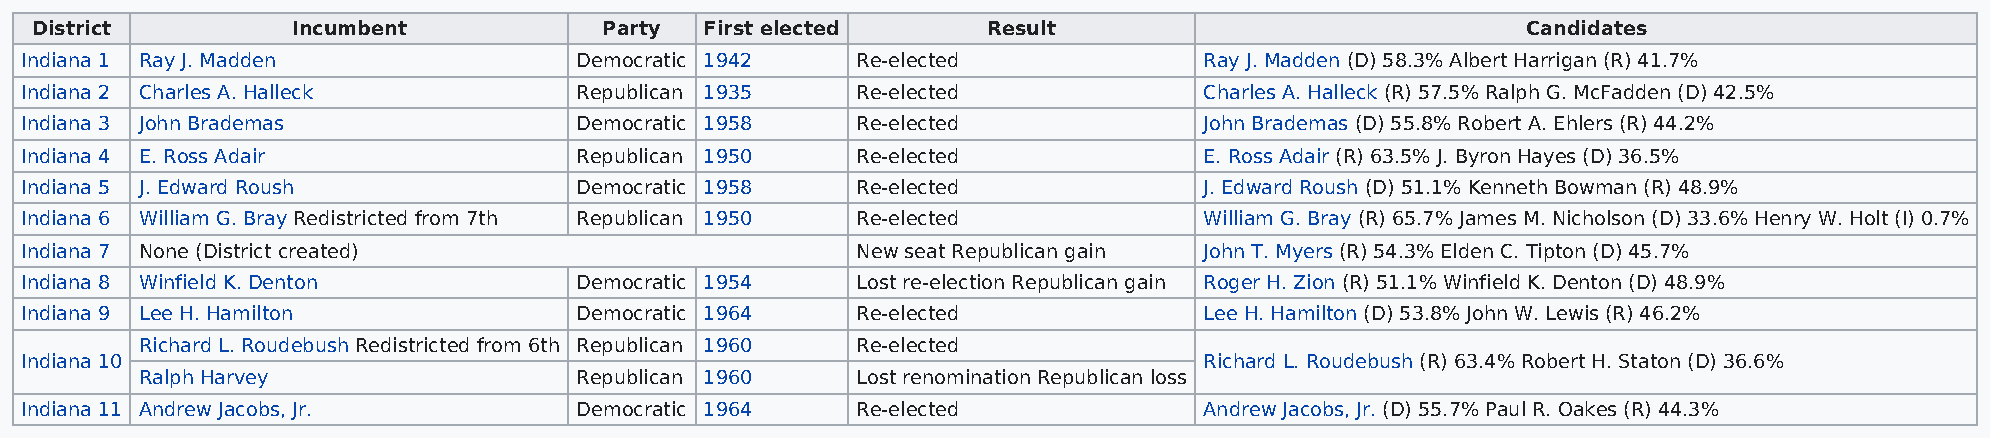
District         Incumbent            Party  First elected     Result                              Candidates
 Indiana 1 Ray J. Madden              Democratic 1942    Re-elected             Ray J. Madden (D) 58.3% Albert Harrigan (R) 41.7%
 Indiana 2 Charles A. Halleck         Republican 1935    Re-elected             Charles A. Halleck (R) 57.5% Ralph G. McFadden (D) 42.5%
 Indiana 3 John Brademas              Democratic 1958    Re-elected             John Brademas (D) 55.8% Robert A. Ehlers (R) 44.2%
 Indiana 4 E. Ross Adair              Republican 1950    Re-elected             E. Ross Adair (R) 63.5% J. Byron Hayes (D) 36.5%
 Indiana 5 J. Edward Roush            Democratic 1958    Re-elected             J. Edward Roush (D) 51.1% Kenneth Bowman (R) 48.9%
 Indiana 6 William G. Bray Redistricted from 7th Republican 1950 Re-elected     William G. Bray (R) 65.7% James M. Nicholson (D) 33.6% Henry W. Holt (I) 0.7%
 Indiana 7 None (District created)                       New seat Republican gain John T. Myers (R) 54.3% Elden C. Tipton (D) 45.7%
 Indiana 8 Winfield K. Denton         Democratic 1954    Lost re-election Republican gain Roger H. Zion (R) 51.1% Winfield K. Denton (D) 48.9%
 Indiana 9 Lee H. Hamilton            Democratic 1964    Re-elected             Lee H. Hamilton (D) 53.8% John W. Lewis (R) 46.2%
 Richard L. Roudebush Redistricted from 6th Republican 1960 Re-elected
 Indiana 10                                                                     Richard L. Roudebush (R) 63.4% Robert H. Staton (D) 36.6%
 Ralph Harvey                 Republican 1960    Lost renomination Republican loss
 Indiana 11 Andrew Jacobs, Jr.        Democratic 1964    Re-elected             Andrew Jacobs, Jr. (D) 55.7% Paul R. Oakes (R) 44.3%